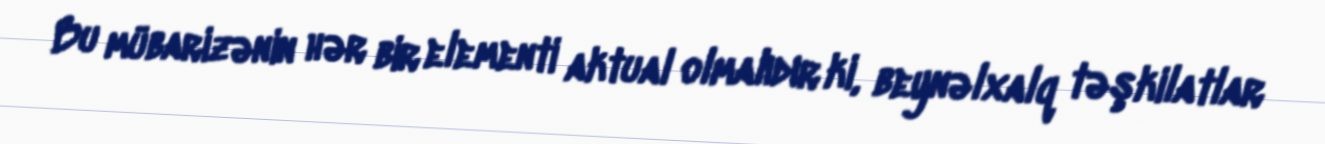
Bu mübarizənin hər bir elementi aktual olmalıdır ki, beynəlxalq təşkilatlar